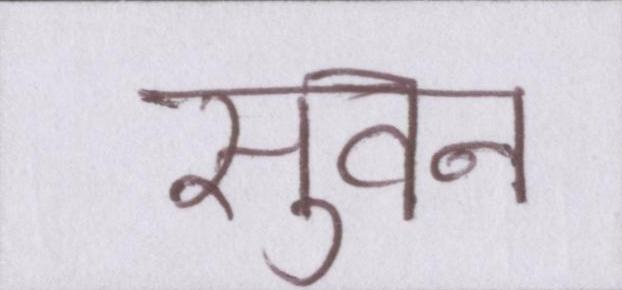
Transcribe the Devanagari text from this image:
सुवन